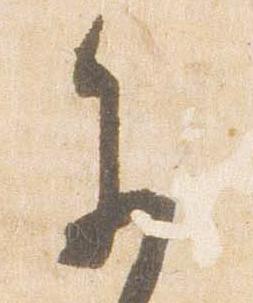
参